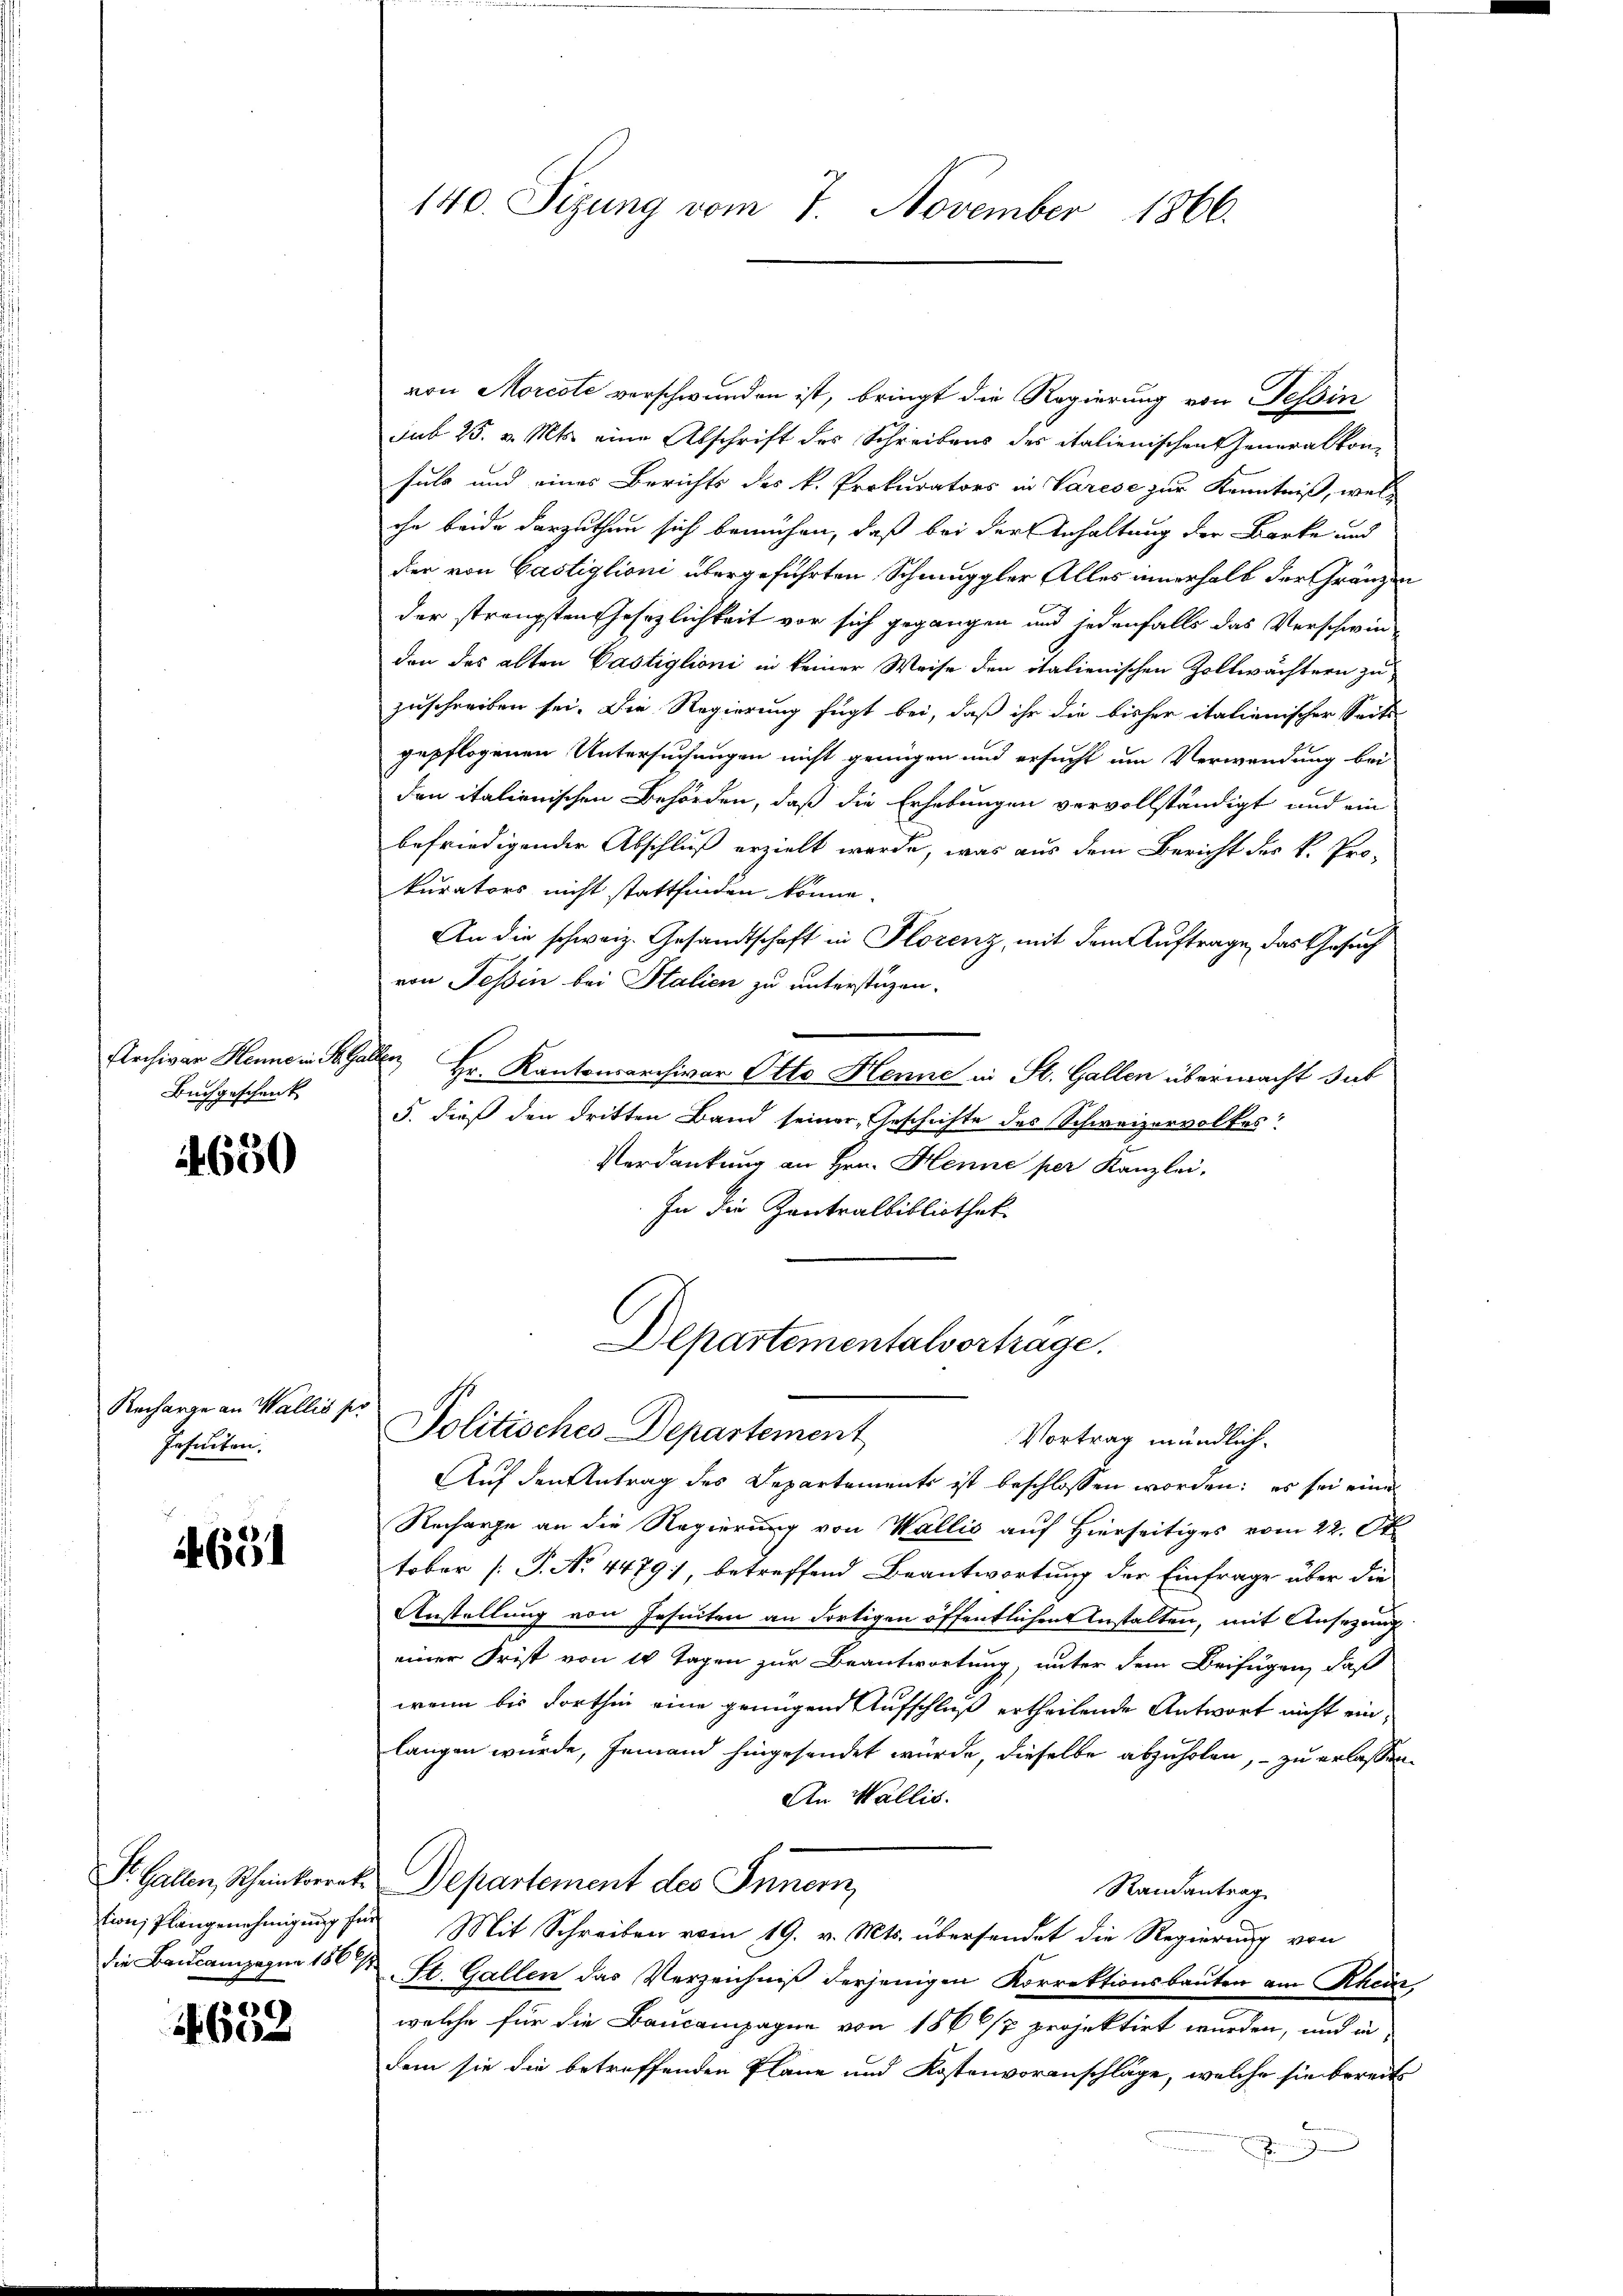
Archivar Henne in St. Gallen
Buchgeschenk

650

Recharge an Wallis ser
Insuiten.

4691

326)
60

von Morcote verschwunden ist, bringt die Regierung von Tessin
sub. 25. v. Mts. eine Abschrift des Schreibens des italienischen Generalkonsuls und eines Berichts des k. Prokurators in Varese zur Kenntniß, welche beide darzuthun sich bemühen, daß bei der Anhaltung der Barke und
der von Gastiglioni übergeführten Schmuggler Alles innerhalb der Gränzen
der strengsten Gesezlichkeit vor sich gegangen und jedenfalls das Verschwin-
den das alten Castiglioni in keiner Weise den italienischen Zollwächtern zu
zuschreiben sei. Die Regierung fügt bei, daß ihr die bisher italienischer Seite
gepflogenen Untersuchungen nicht genügen und ersucht um Verwendung bei
den italienischen Behörden, daß die Erhebungen vervollständigt und ein
befriedigender Abschluß erzielt werde, was aus dem Bericht des k. Prokurators nicht stattfinden könne.
An die schweiz. Gesandtschaft in Plorenz, mit dem Auftrage, das Gesuch
von Tessin bei Stalien zu unterstüzen.
Hr. Kantonsarchivar Otto Henne in St. Gallen übermacht sub
5. dieß den dritten Band seiner Geschichte des Schweizervolkes
Verdankung an Hrn. Henne per Kanzlei.
In die Zentralbibliothek
Departementalverträge.
Politisches Departement
Vortrag mündlich.
Auf den Antrag des Departements ist beschlossen worden; es sei eine
Recharge an die Regierung von Wallis auf Hierseitiges vom 22. Ok
tober (T. No 4479, betreffend Beantwortung der Einfrage über die
Anstellung von Jesuiten an dortigen öffentlichen Anstalten, mit Ansezung
einer Frist von 14 Tagen zur Beantwortung, unter dem Beifügen, daß
wenn bis dorthin eine genügend Aufschluß ertheilende Antwort nicht einlangen würde, jemand hingesendet wurde, dieselbe abzuholen, zu erlassen
An Wallis.
Dr. Gallen, Rheinkorrat Departement des Innern,
Randantrag
tion, Plangenehmigŭng für Mit Schreiben vom 19. v. Mts. übersendet die Regierung von
die Baucampagne 156 ½ St. Gallen das Verzeichniß derjenigen Korrektionsbauten am Rhein
welche für die Baucompagne von 1866/7 projektirt wurden, und in
dem sie die betreffenden Pläne und Kostenvoranschläge, welche sie bereits

140. Sizung vom 7. November 1866.